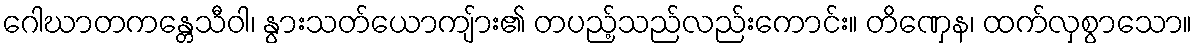
ဂေါဃာတကန္တေသီဝါ၊ နွားသတ်ယောကျ်ား၏ တပည့်သည်လည်းကောင်း။ တိဏှေန၊ ထက်လှစွာသော။